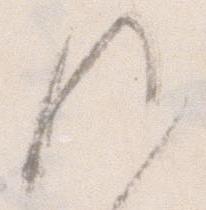
候